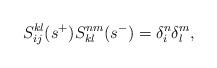
LaTeX: \begin{align*}S^{kl}_{ij}(s^{+})S^{nm}_{kl}(s^{-})=\delta_{i}^{n}\delta_{l}^{m},\end{align*}